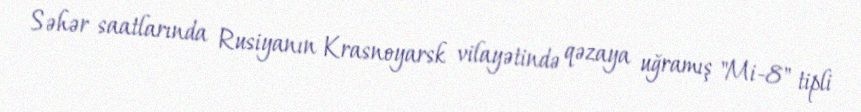
Səhər saatlarında Rusiyanın Krasnoyarsk vilayətində qəzaya uğramış "Mi-8" tipli